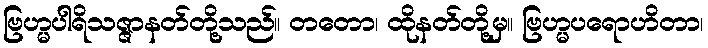
ဗြဟ္မပါရိသဇ္ဇာနတ်တို့သည်။ တတော၊ ထိုနတ်တို့မှ။ ဗြဟ္မပရောဟိတာ၊